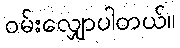
ဝမ်းလျှောပါတယ်။